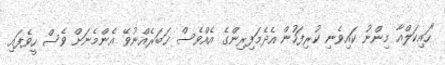
"ހައިކަލްއާ މިންނު ކައިވެނި ކުރިފަހުން އެދެމަފިރިންގެ އެއްވެސް ޚަބަރެއްނުވޭ އެންމެނަށް ވެސް ހީވެފައި